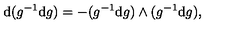
\mathrm { d } ( g ^ { - 1 } \mathrm { d } g ) = - ( g ^ { - 1 } \mathrm { d } g ) \wedge ( g ^ { - 1 } \mathrm { d } g ) ,